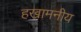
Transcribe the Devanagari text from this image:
हखामनीय